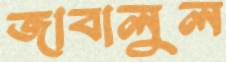
জাবালুল